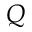
Q